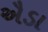
ઐડા